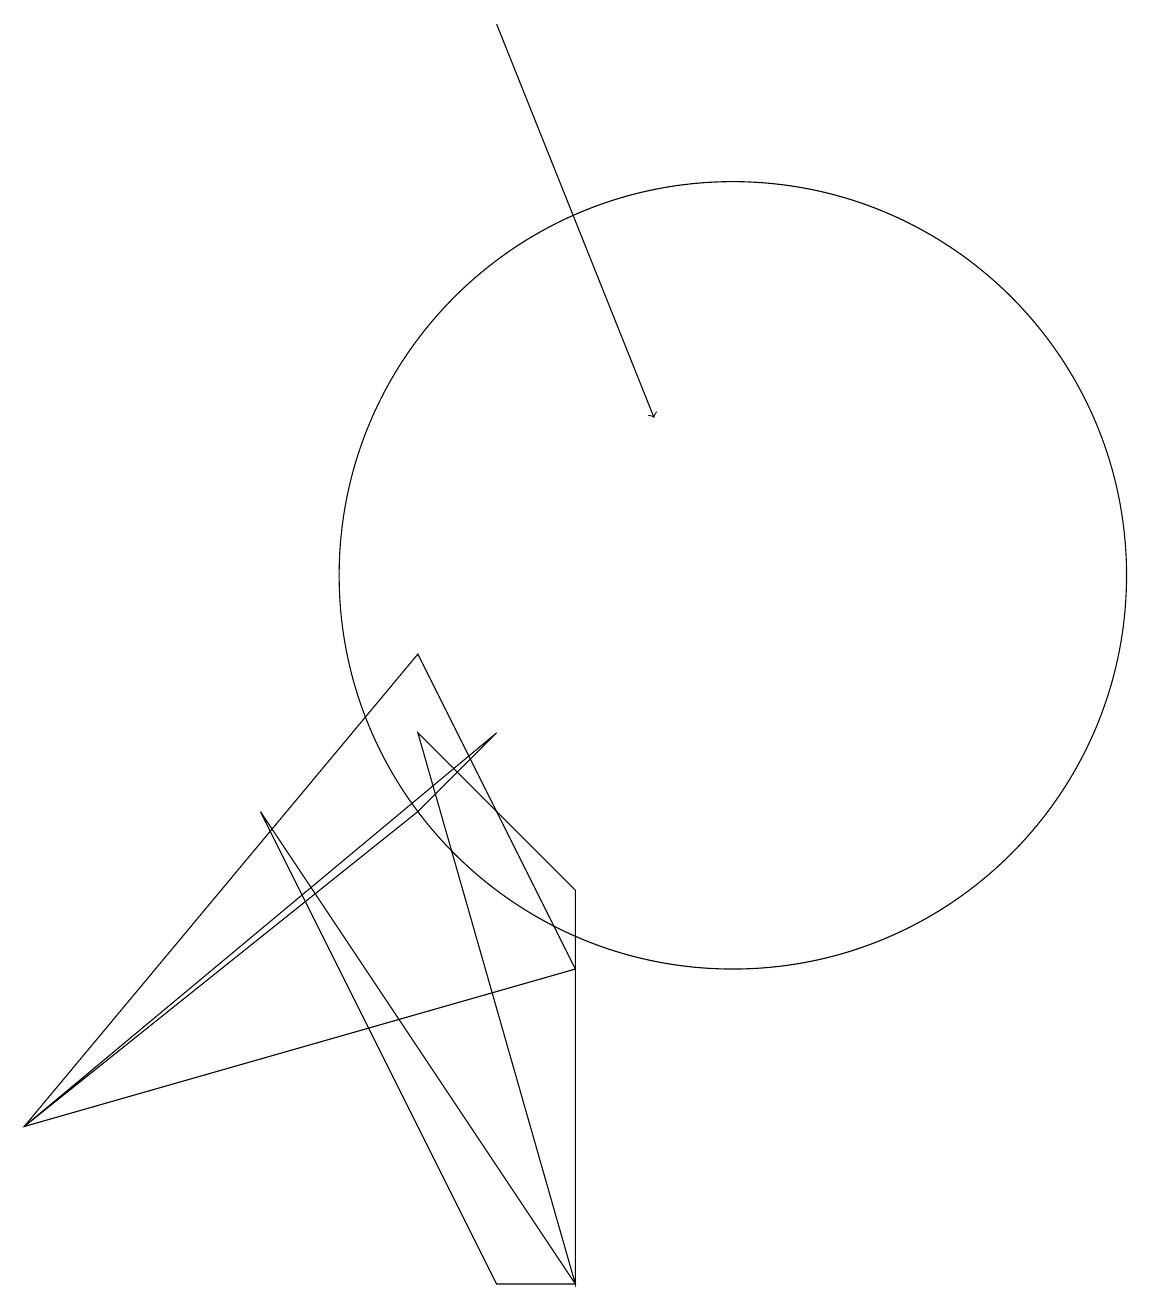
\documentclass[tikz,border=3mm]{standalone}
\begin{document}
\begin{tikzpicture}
\draw (10,10) circle (5);
\draw (4,7) -- (8,1) -- (7,1) -- cycle;
\draw[->] (7,17) -- (9,12);
\draw (1,3) -- (6,9) -- (8,5) -- cycle;
\draw (7,8) -- (1,3) -- (6,7) -- cycle;
\draw (8,1) -- (8,6) -- (6,8) -- cycle;
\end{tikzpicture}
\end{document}